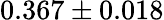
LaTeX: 0.367\pm 0.018